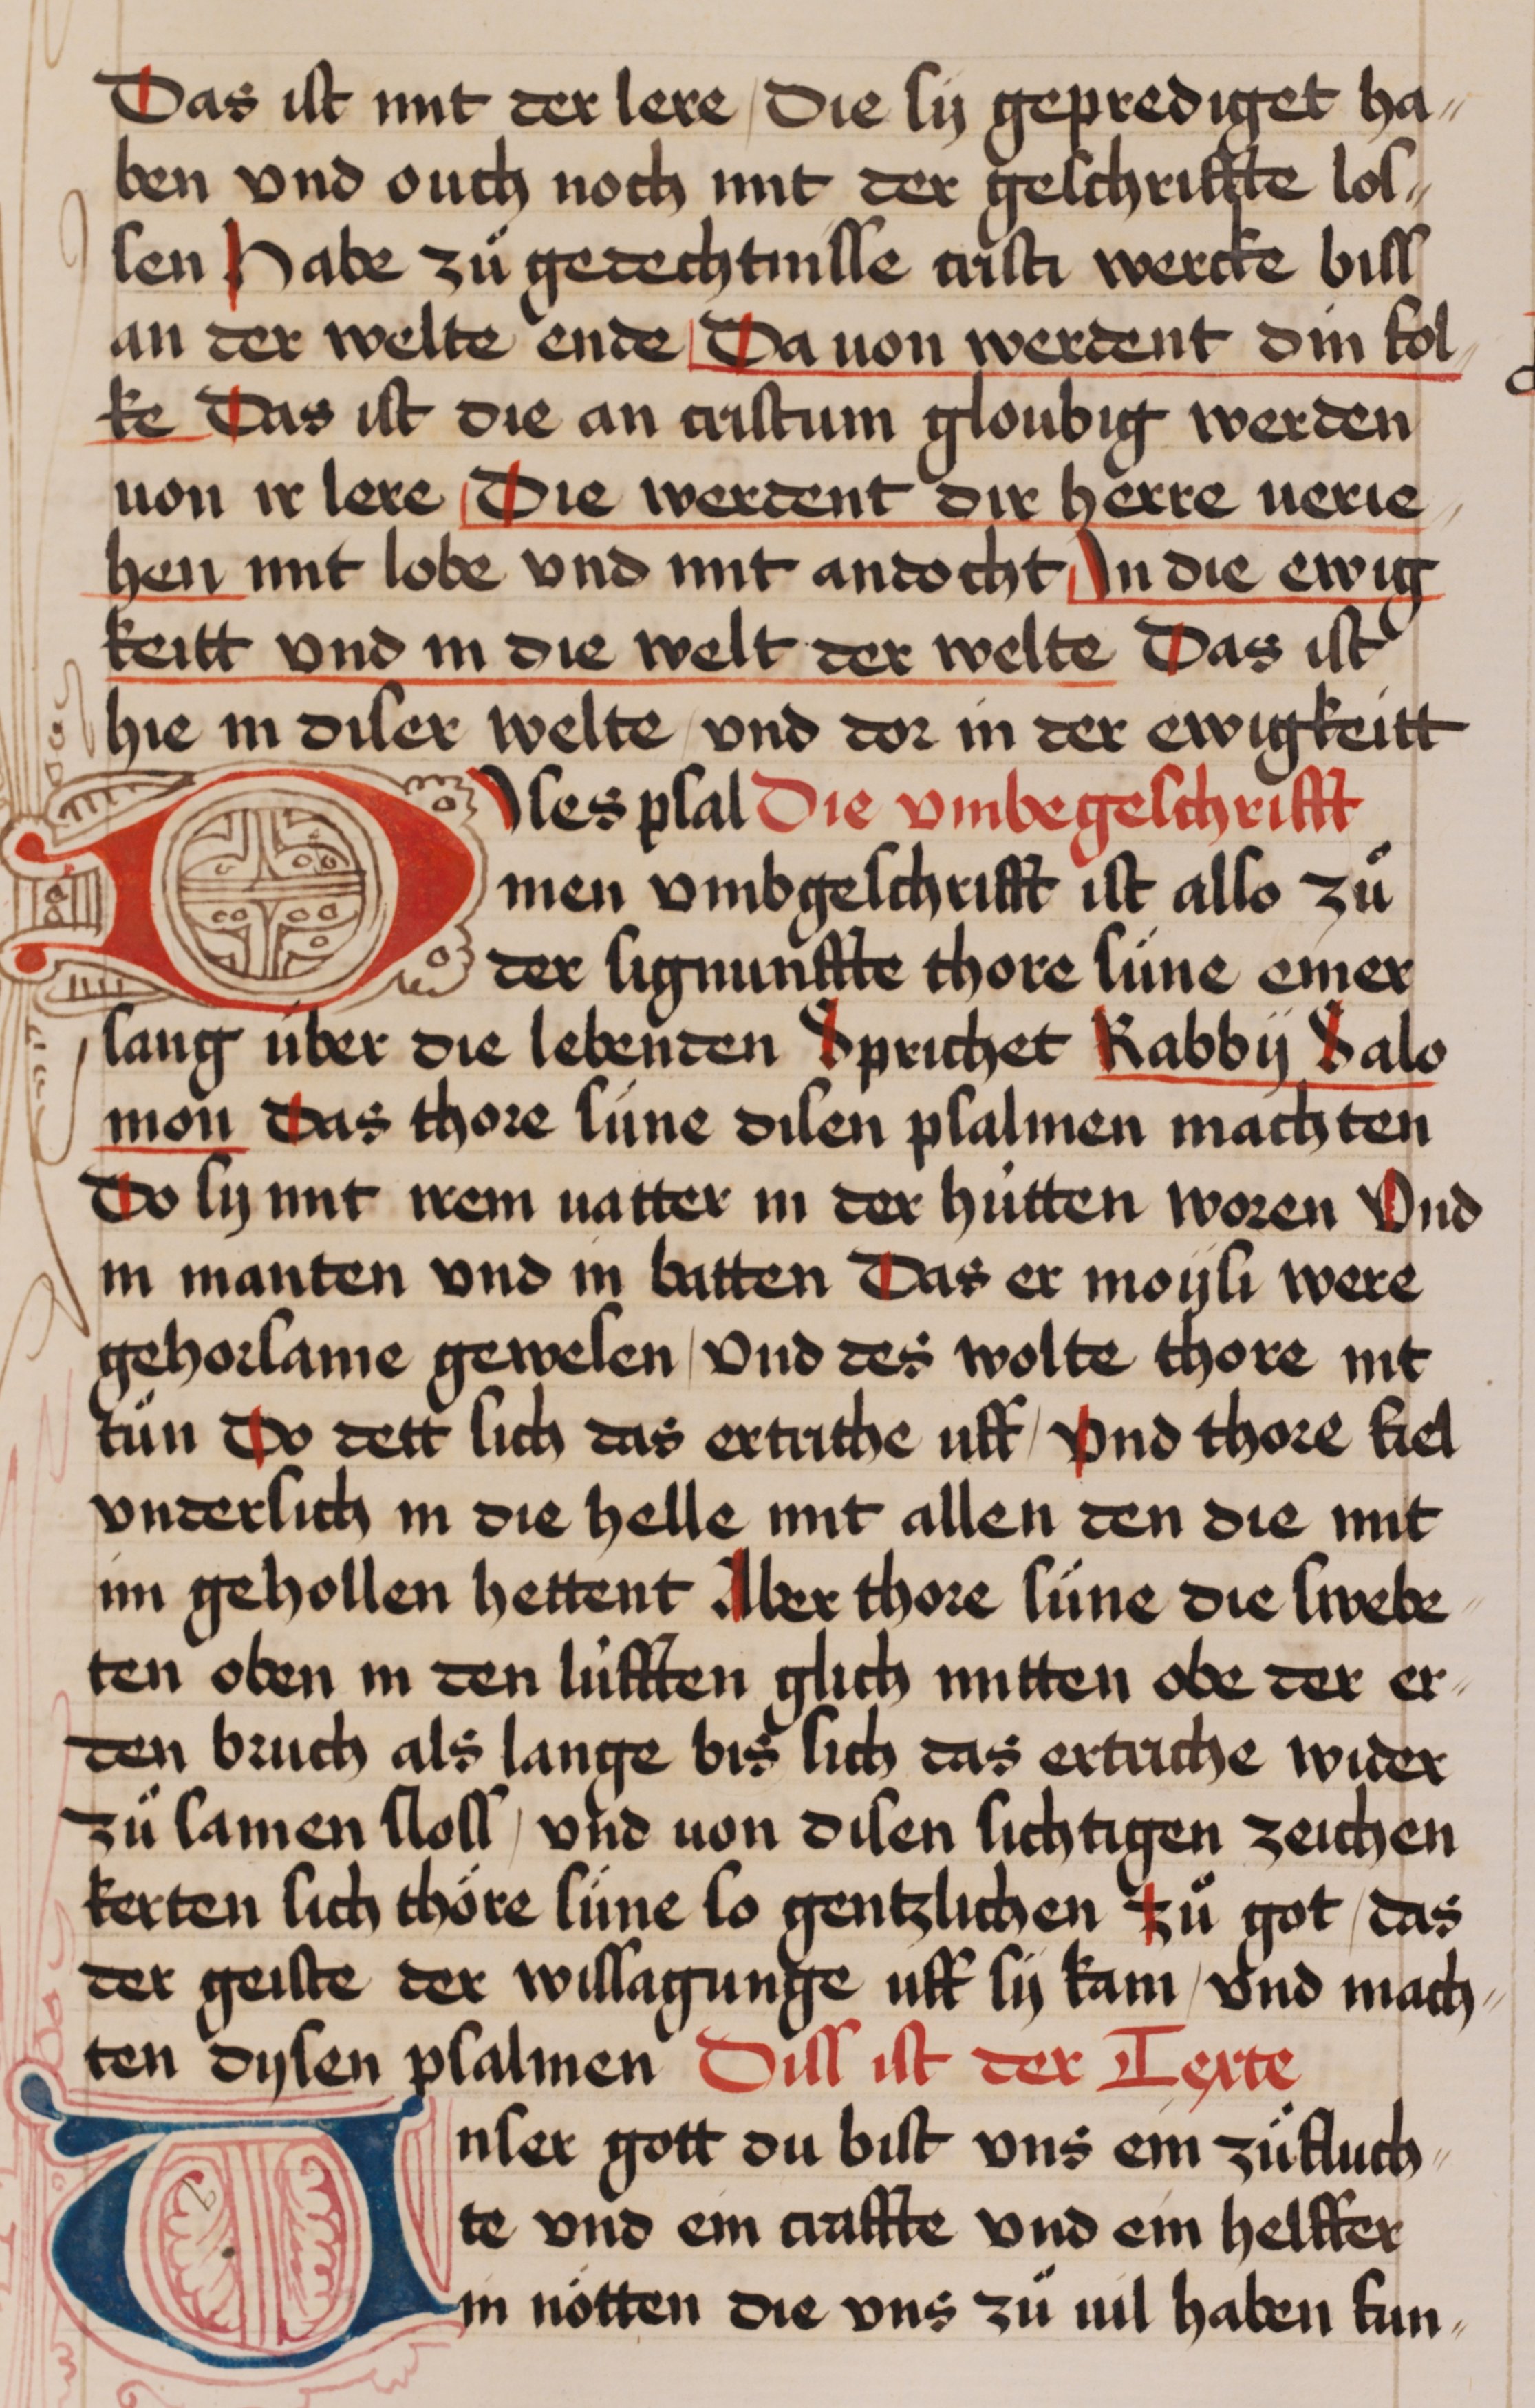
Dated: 1435–1465